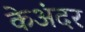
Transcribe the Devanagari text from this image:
केअंदर